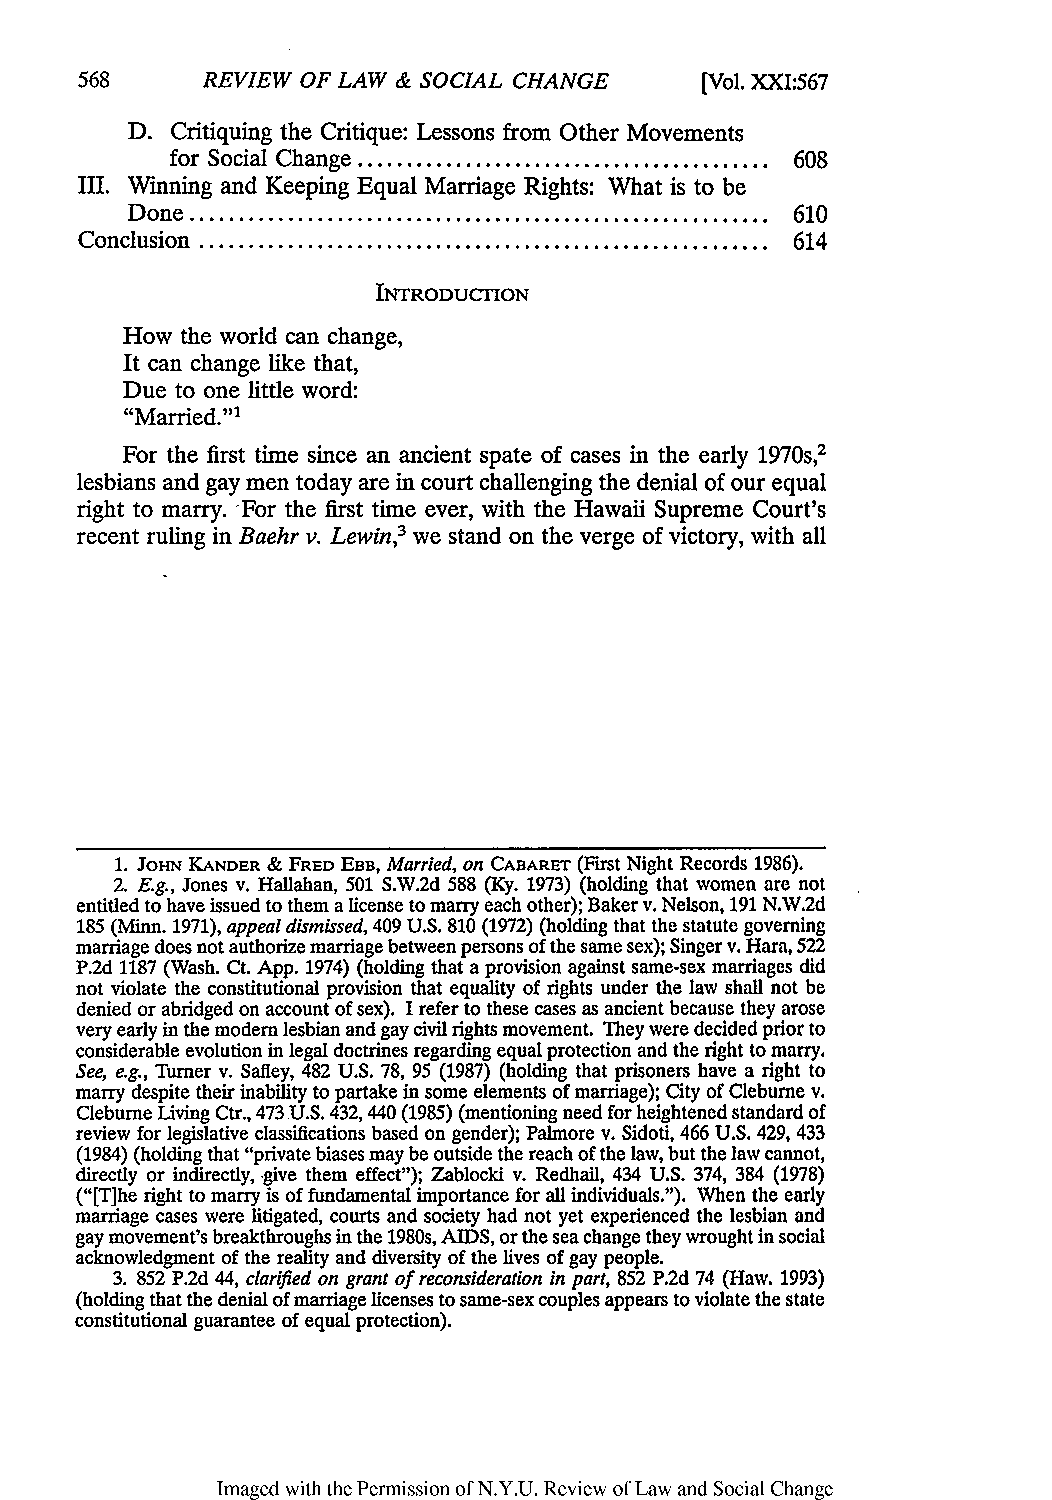
REVIEW OF LAW & SOCIAL CHANGE    [Vol. XXI:567
 D. Critiquing the Critique: Lessons from Other Movements
 for Social Change .......................................... 608
 III. Winning and Keeping Equal Marriage Rights: What is to be
 D one ........................................................... 610
 Conclusion .......................................................... 614
 INTRODUCTION
 How the world can change,
 It can change like that,
 Due to one little word:
 "Married."'
 For the first time since an ancient spate of cases in the early 1970s,2
 lesbians and gay men today are in court challenging the denial of our equal
 right to marry. For the first time ever, with the Hawaii Supreme Court's
 recent ruling in Baehr v. Lewin,3 we stand on the verge of victory, with all
 1. JoHN KANDER & FRED EBB, Married,o n CABARET (First Night Records 1986).
 2. E.g., Jones v. Hallahan, 501 S.W.2d 588 (Ky. 1973) (holding that women are not
 entitled to have issued to them a license to marry each other); Baker v. Nelson, 191 N.W.2d
 185 (Minn. 1971), appeal dismissed, 409 U.S. 810 (1972) (holding that the statute governing
 marriage does not authorize marriage between persons of the same sex); Singer v. Hara, 522
 P.2d 1187 (Wash. Ct. App. 1974) (holding that a provision against same-sex marriages did
 not violate the constitutional provision that equality of rights under the law shall not be
 denied or abridged on account of sex). I refer to these cases as ancient because they arose
 very early in the modem lesbian and gay civil rights movement. They were decided prior to
 considerable evolution in legal doctrines regarding equal protection and the right to marry.
 See, e.g., Turner v. Safley, 482 U.S. 78, 95 (1987) (holding that prisoners have a right to
 marry despite their inability to partake in some elements of marriage); City of Cleburne v.
 Cleburne Living Ctr., 473 U.S. 432, 440 (1985) (mentioning need for heightened standard of
 review for legislative classifications based on gender); Palimore v. Sidoti, 466 U.S. 429, 433
 (1984) (holding that "private biases may be outside the reach of the law, but the law cannot,
 directly or indirectly, -give them effect"); Zablocki v. Redhail, 434 U.S. 374, 384 (1978)
 ("[Tihe right to marry is of fundamental importance for all individuals."). When the early
 marriage cases were litigated, courts and society had not yet experienced the lesbian and
 gay movement's breakthroughs in the 1980s, AIDS, or the sea change they wrought in social
 acknowledgment of the reality and diversity of the lives of gay people.
 3. 852 P.2d 44, clarified on grant of reconsideration in part, 852 P.2d 74 (Haw. 1993)
 (holding that the denial of marriage licenses to same-sex couples appears to violate the state
 constitutional guarantee of equal protection).
 Imaged with the Permission of N.Y.U. Review of Law and Social Change